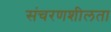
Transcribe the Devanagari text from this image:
संचरणशीलता